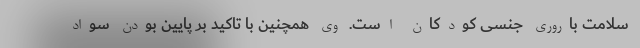
سلامت باروری جنسی کودکان است. وی همچنین با تاکید بر پایین بودن سواد